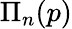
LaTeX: \Pi_{n}(p)